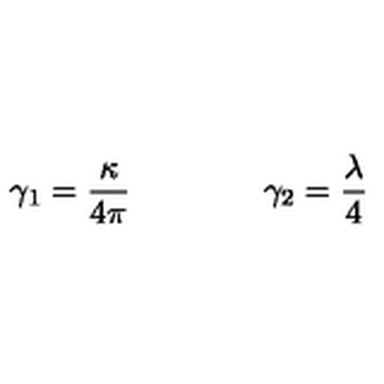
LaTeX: \gamma _ { 1 } = \frac \kappa { 4 \pi } \qquad \qquad \gamma _ { 2 } = \frac \lambda 4